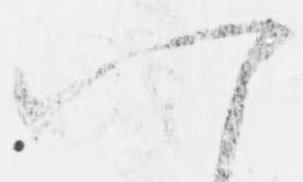
八